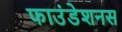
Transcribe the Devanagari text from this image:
फाउंडेशनस